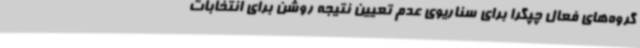
گروه‌های فعال چپگرا برای سناریوی عدم تعیین نتیجه روشن برای انتخابات